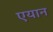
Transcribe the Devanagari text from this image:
एयान